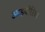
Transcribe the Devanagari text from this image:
आइबोरिया